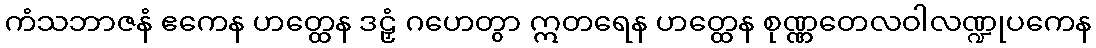
ကံသဘာဇနံ ဧကေန ဟတ္ထေန ဒဠှံ ဂဟေတွာ ဣတရေန ဟတ္ထေန စုဏ္ဏတေလဝါလဏ္ဍုပကေန